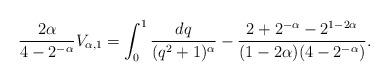
LaTeX: \begin{align*}\frac{2\alpha}{4-2^{-\alpha}} V_{\alpha,1} = \int_0^1 \frac {dq}{(q^2+1)^{\alpha}} - \frac{2+2^{-\alpha}-2^{1-2\alpha} }{(1-2\alpha) (4-2^{-\alpha})}.\end{align*}